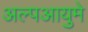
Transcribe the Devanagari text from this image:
अल्पआयुमे